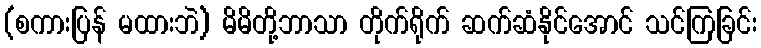
(စကားပြန် မထားဘဲ) မိမိတို့ဘာသာ တိုက်ရိုက် ဆက်ဆံနိုင်အောင် သင်ကြခြင်း